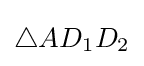
\triangle AD_{1}D_{2}